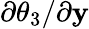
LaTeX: {{\partial\theta_{3}}/{\partial\mathbf{y}}}